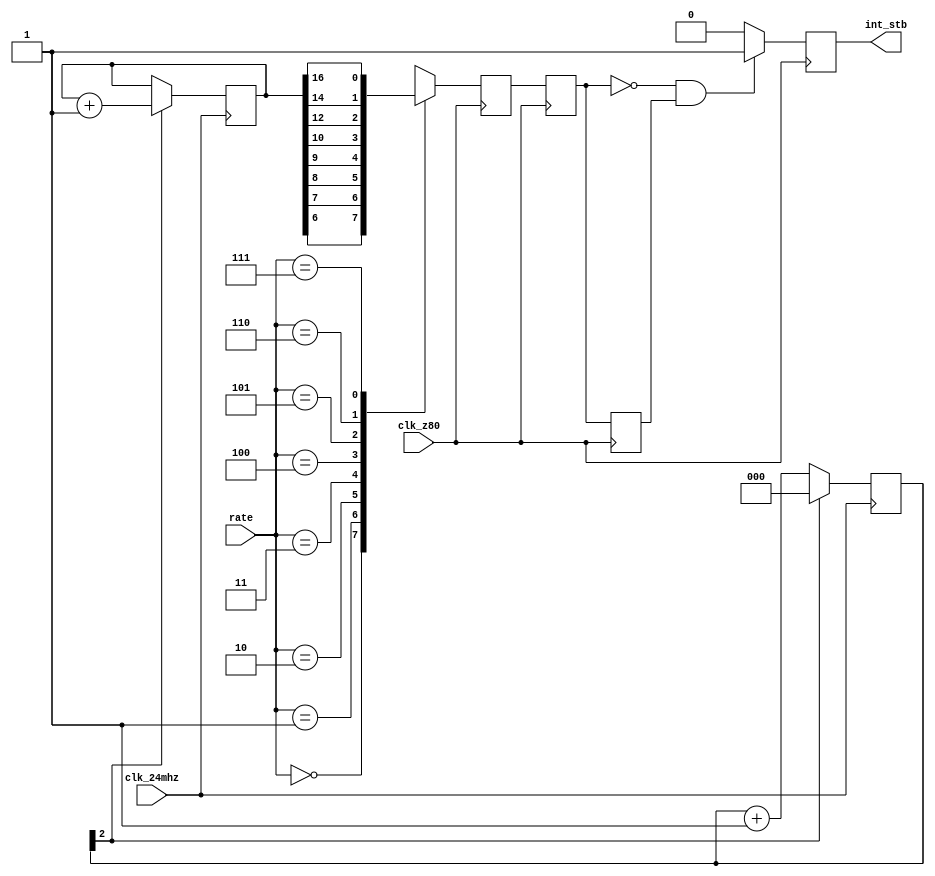
module timer_5(
	input  wire clk_24mhz,
	input  wire clk_z80,
	input  wire [2:0] rate,     
	output reg  int_stb
);
	reg [ 2:0] ctr5;
	reg [16:0] ctr128k;
	reg ctrsel;
	reg int_sync1,int_sync2,int_sync3;
	always @(posedge clk_24mhz)
	begin
		if( !ctr5[2] )
			ctr5 <= ctr5 + 3'd1;
		else
			ctr5 <= 3'd0;
	end
	initial
		ctr128k = 'd0;
	always @(posedge clk_24mhz)
	begin
		if( ctr5[2] )
			ctr128k <= ctr128k + 17'd1;
	end
	always @*
	case( rate )
		3'b000: ctrsel = ctr128k[6];
		3'b001: ctrsel = ctr128k[7];
		3'b010: ctrsel = ctr128k[8];
		3'b011: ctrsel = ctr128k[9];
		3'b100: ctrsel = ctr128k[10];
		3'b101: ctrsel = ctr128k[12];
		3'b110: ctrsel = ctr128k[14];
		3'b111: ctrsel = ctr128k[16];
	endcase
	always @(posedge clk_z80)
	begin
		int_sync3 <= int_sync2;
		int_sync2 <= int_sync1;
		int_sync1 <= ctrsel;
	end
	always @(posedge clk_z80)
	if( !int_sync2 && int_sync3 )
		int_stb <= 1'b1;
	else
		int_stb <= 1'b0;
endmodule